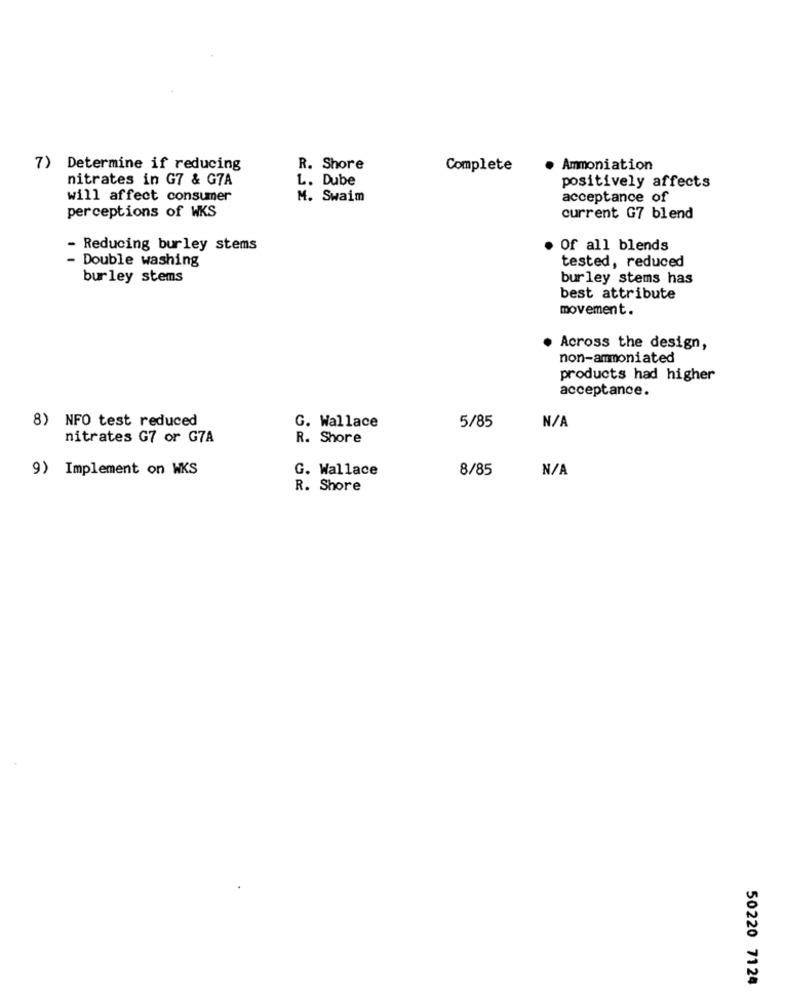
7) Determine if reducing
R. Shore
Complete
· Ammoniation
nitrates in G7 & G7A
L. Dube
positively affects
will affect consumer
M. Swaim
acceptance of
perceptions of WKS
current G7 blend
- Reducing burley stems
Of all blends
- Double washing
tested, reduced
burley stems
burley stems has
best attribute
movement.
Across the design,
non-ammoniated
products had higher
acceptance.
8) NFO test reduced
5/85
G. Wallace
nitrates G7 or G7A
R. Shore
9) Implement on WKS
G. Wallace
8/85
R. Shore
50220 7124